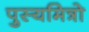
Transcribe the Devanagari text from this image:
पुस्यमित्रो